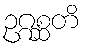
ဥဂ္ဂစ္ဆတိ